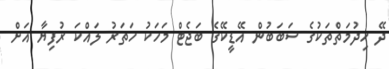
ދޭ ހިދުމަތްތަކުގެ ސަބަބުން އޭޑީކޭގެ ބަޖެޓް މަހަކު ހަތަރު ލައްކަ ރުފިޔާ އަށް